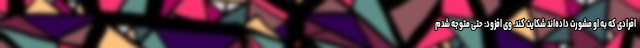
افرادی که به او مشورت داده‌اند شکایت کند. وی افزود: حتی متوجه شدم